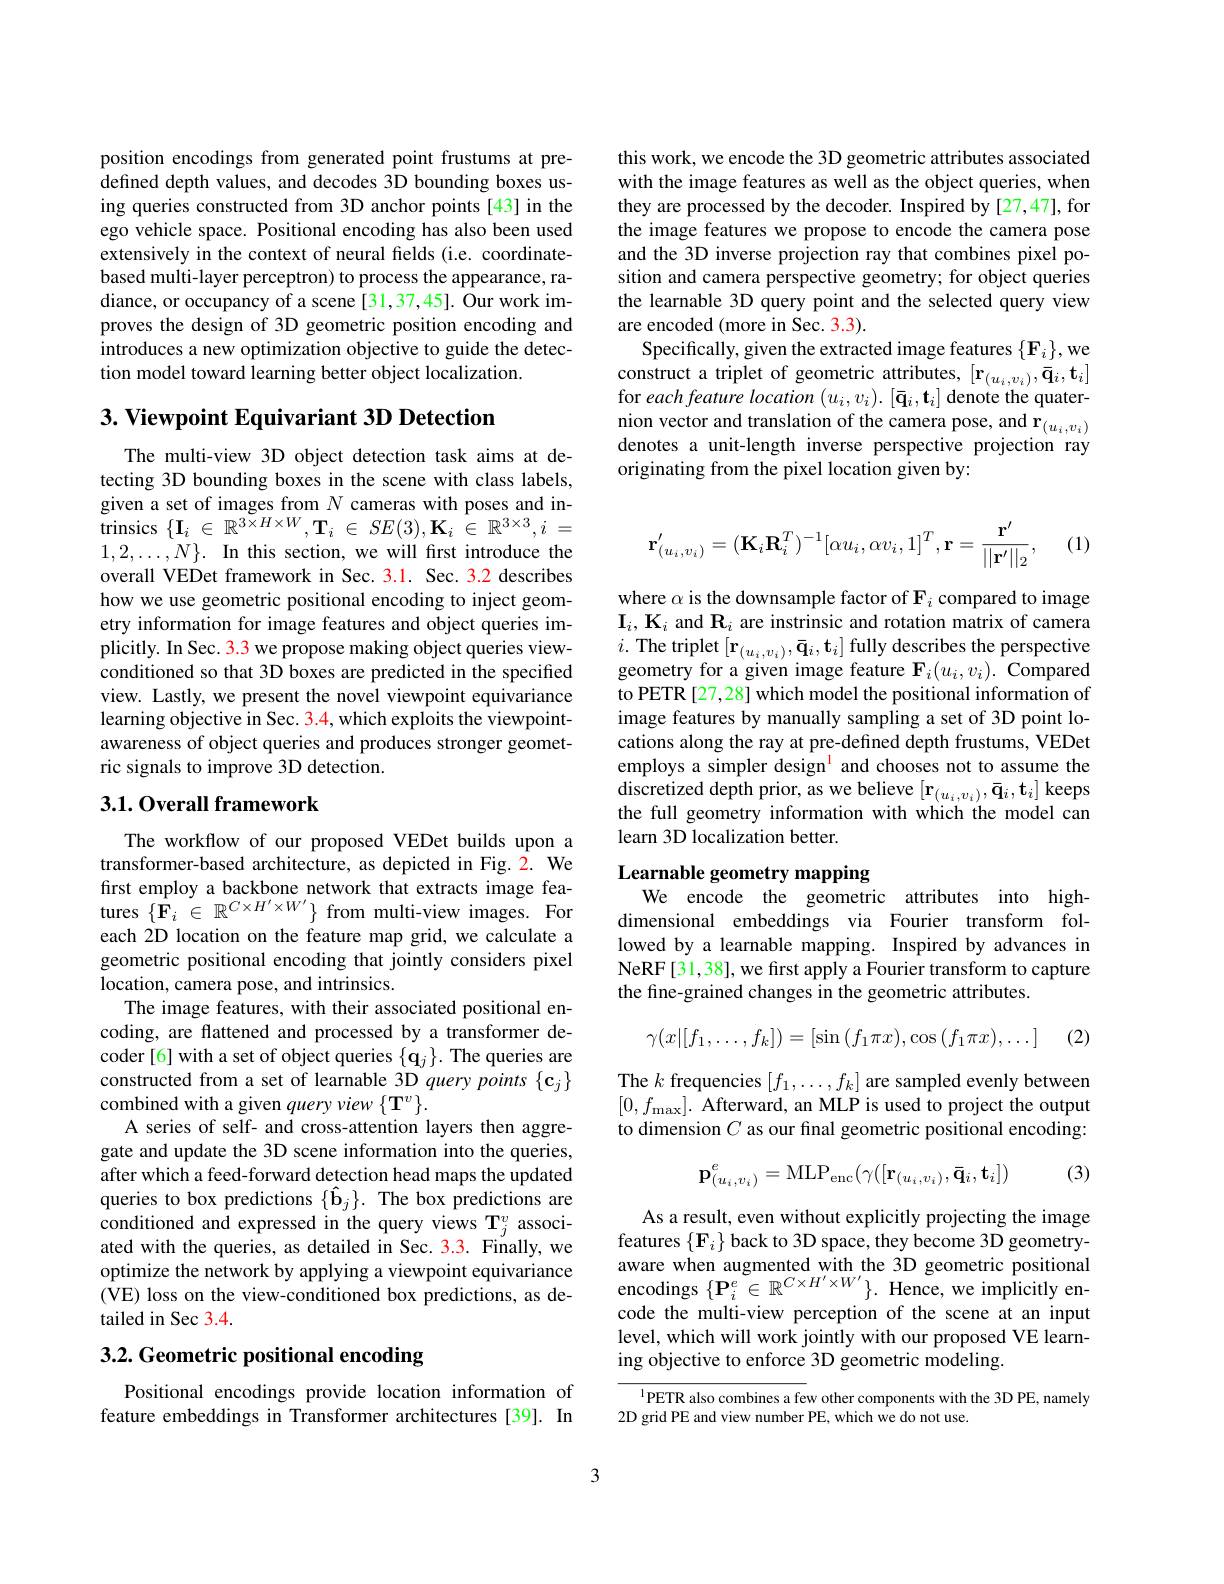
position encodings from generated point frustums at predefined depth values, and decodes 3D bounding boxes using queries constructed from 3D anchor points[43] in the ego vehicle space. Positional encoding has also been used extensively in the context of neural felds (i.e. coordinatebased multi-layer perceptron) to process the appearance, radiance, or occupancy of a scene [31,37,45]. Our work improves the design of 3D geometric position encoding and introduces a new optimization objective to guide the detection model toward learning better object localization.

## 3. Viewpoint Equivariant 3D Detection

The multi-view 3D object detection task aims at detecting 3D bounding boxes in the scene with class labels, given a set of images from $N$ cameras with poses and intrinsics$\{\mathbf{I}_i\in\mathbb{R}^{3\times H\times W},\mathbf{T}_i\in SE(3),\mathbf{K}_i\in\mathbb{R}^{3\times3},i=$ $1, 2, \ldots , N\} .$ In this section, we will first introduce the overall VEDet framework in Sec. 3.1. Sec. 3.2 describes how we use geometric positional encoding to inject geometry information for image features and object queries implicitly. In Sec. 3.3 we propose making object queries viewconditioned so that 3D boxes are predicted in the specified view. Lastly, we present the novel viewpoint equivariance learning objective in Sec. 3.4, which exploits the viewpointawareness of object queries and produces stronger geometric signals to improve 3D detection.

## 3.1.0verall framework

The workflow of our proposed VEDet builds upon a transformer-based architecture, as depicted in Fig. 2. We first employ a backbone network that extracts image features $\{\mathbf{F}_i\in\mathbb{R}^{C\times H^{\prime}\times W^{\prime}}\}$ from multi-view images. For each 2D location on the feature map grid, we calculate a geometric positional encoding that jointly considers pixel location, camera pose, and intrinsics.
The image features, with their associated positional encoding, are flattened and processed by a transformer decoder[6] with a set of object queries $\{\mathbf{q}_j\}.$ The queries are constructed from a set of learnable 3D query points $\{\mathbf{c}_j\}$ combined with a given query view $\{\mathbf{T}^{v}\}.$
A series of self- and cross-attention layers then aggregate and update the 3D scene information into the queries, after which a feed-forward detection head maps the updated queries to box predictions $\{\hat{\mathbf{b}}_j\}.$ The box predictions are conditioned and expressed in the query views T$_j^v$ associated with the queries, as detailed in Sec. 3.3. Finally, we optimize the network by applying a viewpoint equivariance (VE) loss on the view-conditioned box predictions, as detailed in Sec 3.4.

## 3.2. Geometric positional encoding

Positional encodings provide location information of feature embeddings in Transformer architectures [39]. In

this work, we encode the 3D geometric attributes associated with the image features as well as the object queries, when they are processed by the decoder. Inspired by [27,47], for the image features we propose to encode the camera pose and the 3D inverse projection ray that combines pixel position and camera perspective geometry; for object queries the learnable 3D query point and the selected query view are encoded (more in Sec. 3.3).
Specifically, given the extracted image features $\{\mathbf{F}_{i}\}$,we construct a triplet of geometric attributes, $[\mathbf{r}_{(u_i,v_i)},\bar{\mathbf{q}}_i,\mathbf{t}_i]$ for each feature location ( $u_{i}$, $v_{i}$) . [ $\bar{\mathbf{q} } _{i}$, $\mathbf{t} _{i}$] denote the quater- $\mathrm{nion~vector~and~translation~of~the~camera~pose,~and~r}_{(u_{i},v_{i})}$ denotes a unit- length inverse perspective projection ray originating from the pixel location given by:
$$\mathbf{r}_{(u_{i},v_{i})}^{\prime}=(\mathbf{K}_{i}\mathbf{R}_{i}^{T})^{-1}[\alpha u_{i},\alpha v_{i},1]^{T},\mathbf{r}=\frac{\mathbf{r}^{\prime}}{||\mathbf{r}^{\prime}||_{2}},$$
(1)

where $\alpha$ is the downsample factor of F$_i$ compared to image $\mathbf{I}_i,\mathbf{K}_i$ and $\mathbf{R}_i$ are instrinsic and rotation matrix of camera $i.$The triplet$\left[\mathbf{r}_{(u_i,v_i)},\mathbf{\bar{q}}_i,\mathbf{t}_i\right]$fully describes the perspective geometry for a given image feature F$_i(u_i,v_i).$ Compared to PETR [27,28] which model the positional information of image features by manually sampling a set of 3D point locations along the ray at pre-defined depth frustums, VEDet employs a simpler design$^{\mathrm{l}}$ and chooses not to assume the discretized depth prior, as we believe $[\mathbf{r}_{(u_i,v_i)},\mathbf{\bar{q}}_i,\mathbf{t}_i]$ keeps the full geometry information with which the model can learn 3D localization better.

## Learnable geometry mapping
We encode the geometric attributes into high-

dimensional embeddings via Fourier transform followed by a learnable mapping. Inspired by advances in NeRF[31,38], we first apply a Fourier transform to capture the fine-grained changes in the geometric attributes.
$$\gamma(x|[f_1,\ldots,f_k])=[\sin{(f_1\pi x)},\cos{(f_1\pi x)},\ldots]$$
(2)

The $k$ frequencies $[f_1,\ldots,f_k]$ are sampled evenly between $[0,f_{\mathrm{max}}].$ Afterward, an MLP is used to project the output to dimension $C$ as our final geometric positional encoding:

(3)
$$\mathbf{p}_{(u_i,v_i)}^e=\mathrm{MLP}_{\mathrm{enc}}(\gamma([\mathbf{r}_{(u_i,v_i)},\mathbf{\bar{q}}_i,\mathbf{t}_i])$$
As a result, even without explicitly projecting the image features $\{\mathbf{F}_i\}$ back to 3D space, they become 3D geometryaware when augmented with the 3D geometric positional encodings $\{\mathbf{P}_{i}^{e}\in\mathbb{R}^{C\times H^{\prime}\times W^{\prime}}\}.$ Hence, we implicitly encode the multi-view perception of the scene at an input level, which will work jointly with our proposed VE learning objective to enforce 3D geometric modeling.

${\frac{1}{\mathrm{PETR~also~combines~a~few~other~components~with~the~3D~PE,~namely}}}$
2D grid PE and view number PE, which we do not use.

3